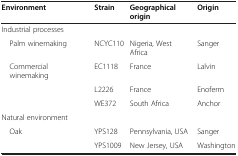
| Environment | Strain | Geographical origin | Origin |
 | --- | --- | --- | --- |
 | Industrial processes |  |  |  |
 | Palm winemaking | NCYC110 | Nigeria, West Africa | Sanger |
 | Commercial winemaking | EC1118 | France | Lalvin |
 |  | L2226 | France | Enoferm |
 |  | WE372 | South Africa | Anchor |
 | Natural environment |  |  |  |
 | Oak | YPS128 | Pennsylvania, USA | Sanger |
 |  | YPS1009 | New Jersey, USA | Washington |